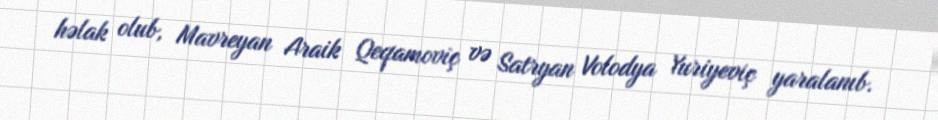
həlak olub, Mavreyan Araik Qeqamoviç və Satryan Volodya Yuriyeviç yaralanıb.